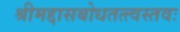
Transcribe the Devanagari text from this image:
श्रीमद्दासबोधतत्त्वस्तवः